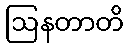
ဩနတာတိ